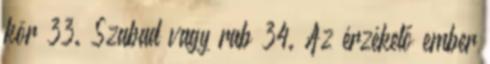
kör 33. Szabad vagy rab 34. Az érzékelő ember